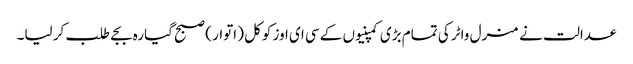
عدالت نے منرل واٹر کی تمام بڑی کمپنیوں کے سی ای اوز کوکل ( اتوار ) صبح گیارہ بجے طلب کر لیا۔